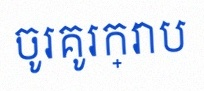
ចូរគូរក្រាប